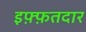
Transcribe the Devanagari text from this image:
इफ़्फ़तदार